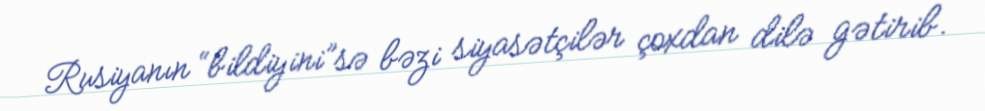
Rusiyanın “bildiyini”sə bəzi siyasətçilər çoxdan dilə gətirib.